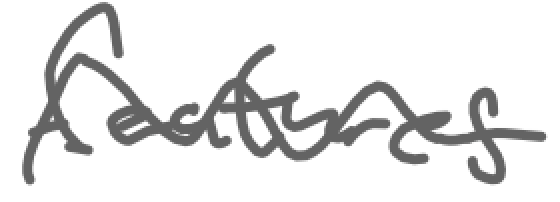
Text: features
Cross-out: wave
Writing tool: digital_gray